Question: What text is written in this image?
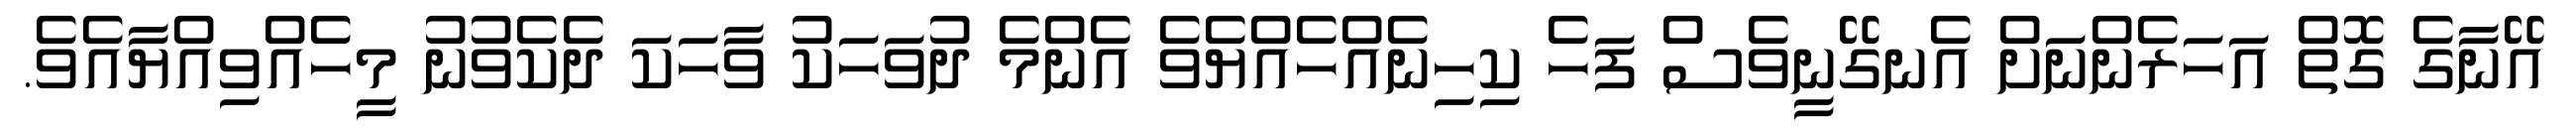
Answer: އޭނާގެ ގޮތް އަހަރެންނަށް އެނގޭނީވެސް ފަހެ ކިހިނެއްހެއްޔެވެ އެންމެ ދުވަހަކު ވާހަކަ ދެކެވުނު މީހެއްވިއްޔާއެވެ.